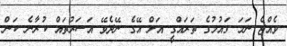
ވެއްޖެ ނަމަ ގައުމުގެ ތަރައްގީ އަށް އޭގެ ނޭދެވޭ އަސަރުތައް ކުރާނެ ކަން